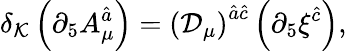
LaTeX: \delta_{\mathcal K}\left(\partial_{5}A_{\mu}^{\hat{a}}\right)=\left({\mathcal D}_{\mu}\right)^{\hat{a}\hat{c}}\left(\partial_{5}\xi^{\hat{c}}\right),